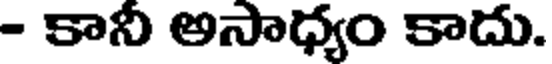
- కానీ అసాధ్యం కాదు.